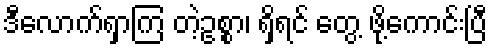
ဒီလောက်ရှာကြ တဲ့ဥစ္စာ၊ ရှိရင် တွေ့ ဖို့ကောင်းပြီ